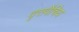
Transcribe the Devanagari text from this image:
वृत्तवैचिय